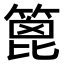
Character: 篦